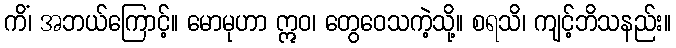
ကိံ၊ အဘယ်ကြောင့်။ မောမုဟာ ဣဝ၊ တွေဝေသကဲ့သို့။ စရသိ၊ ကျင့်ဘိသနည်း။